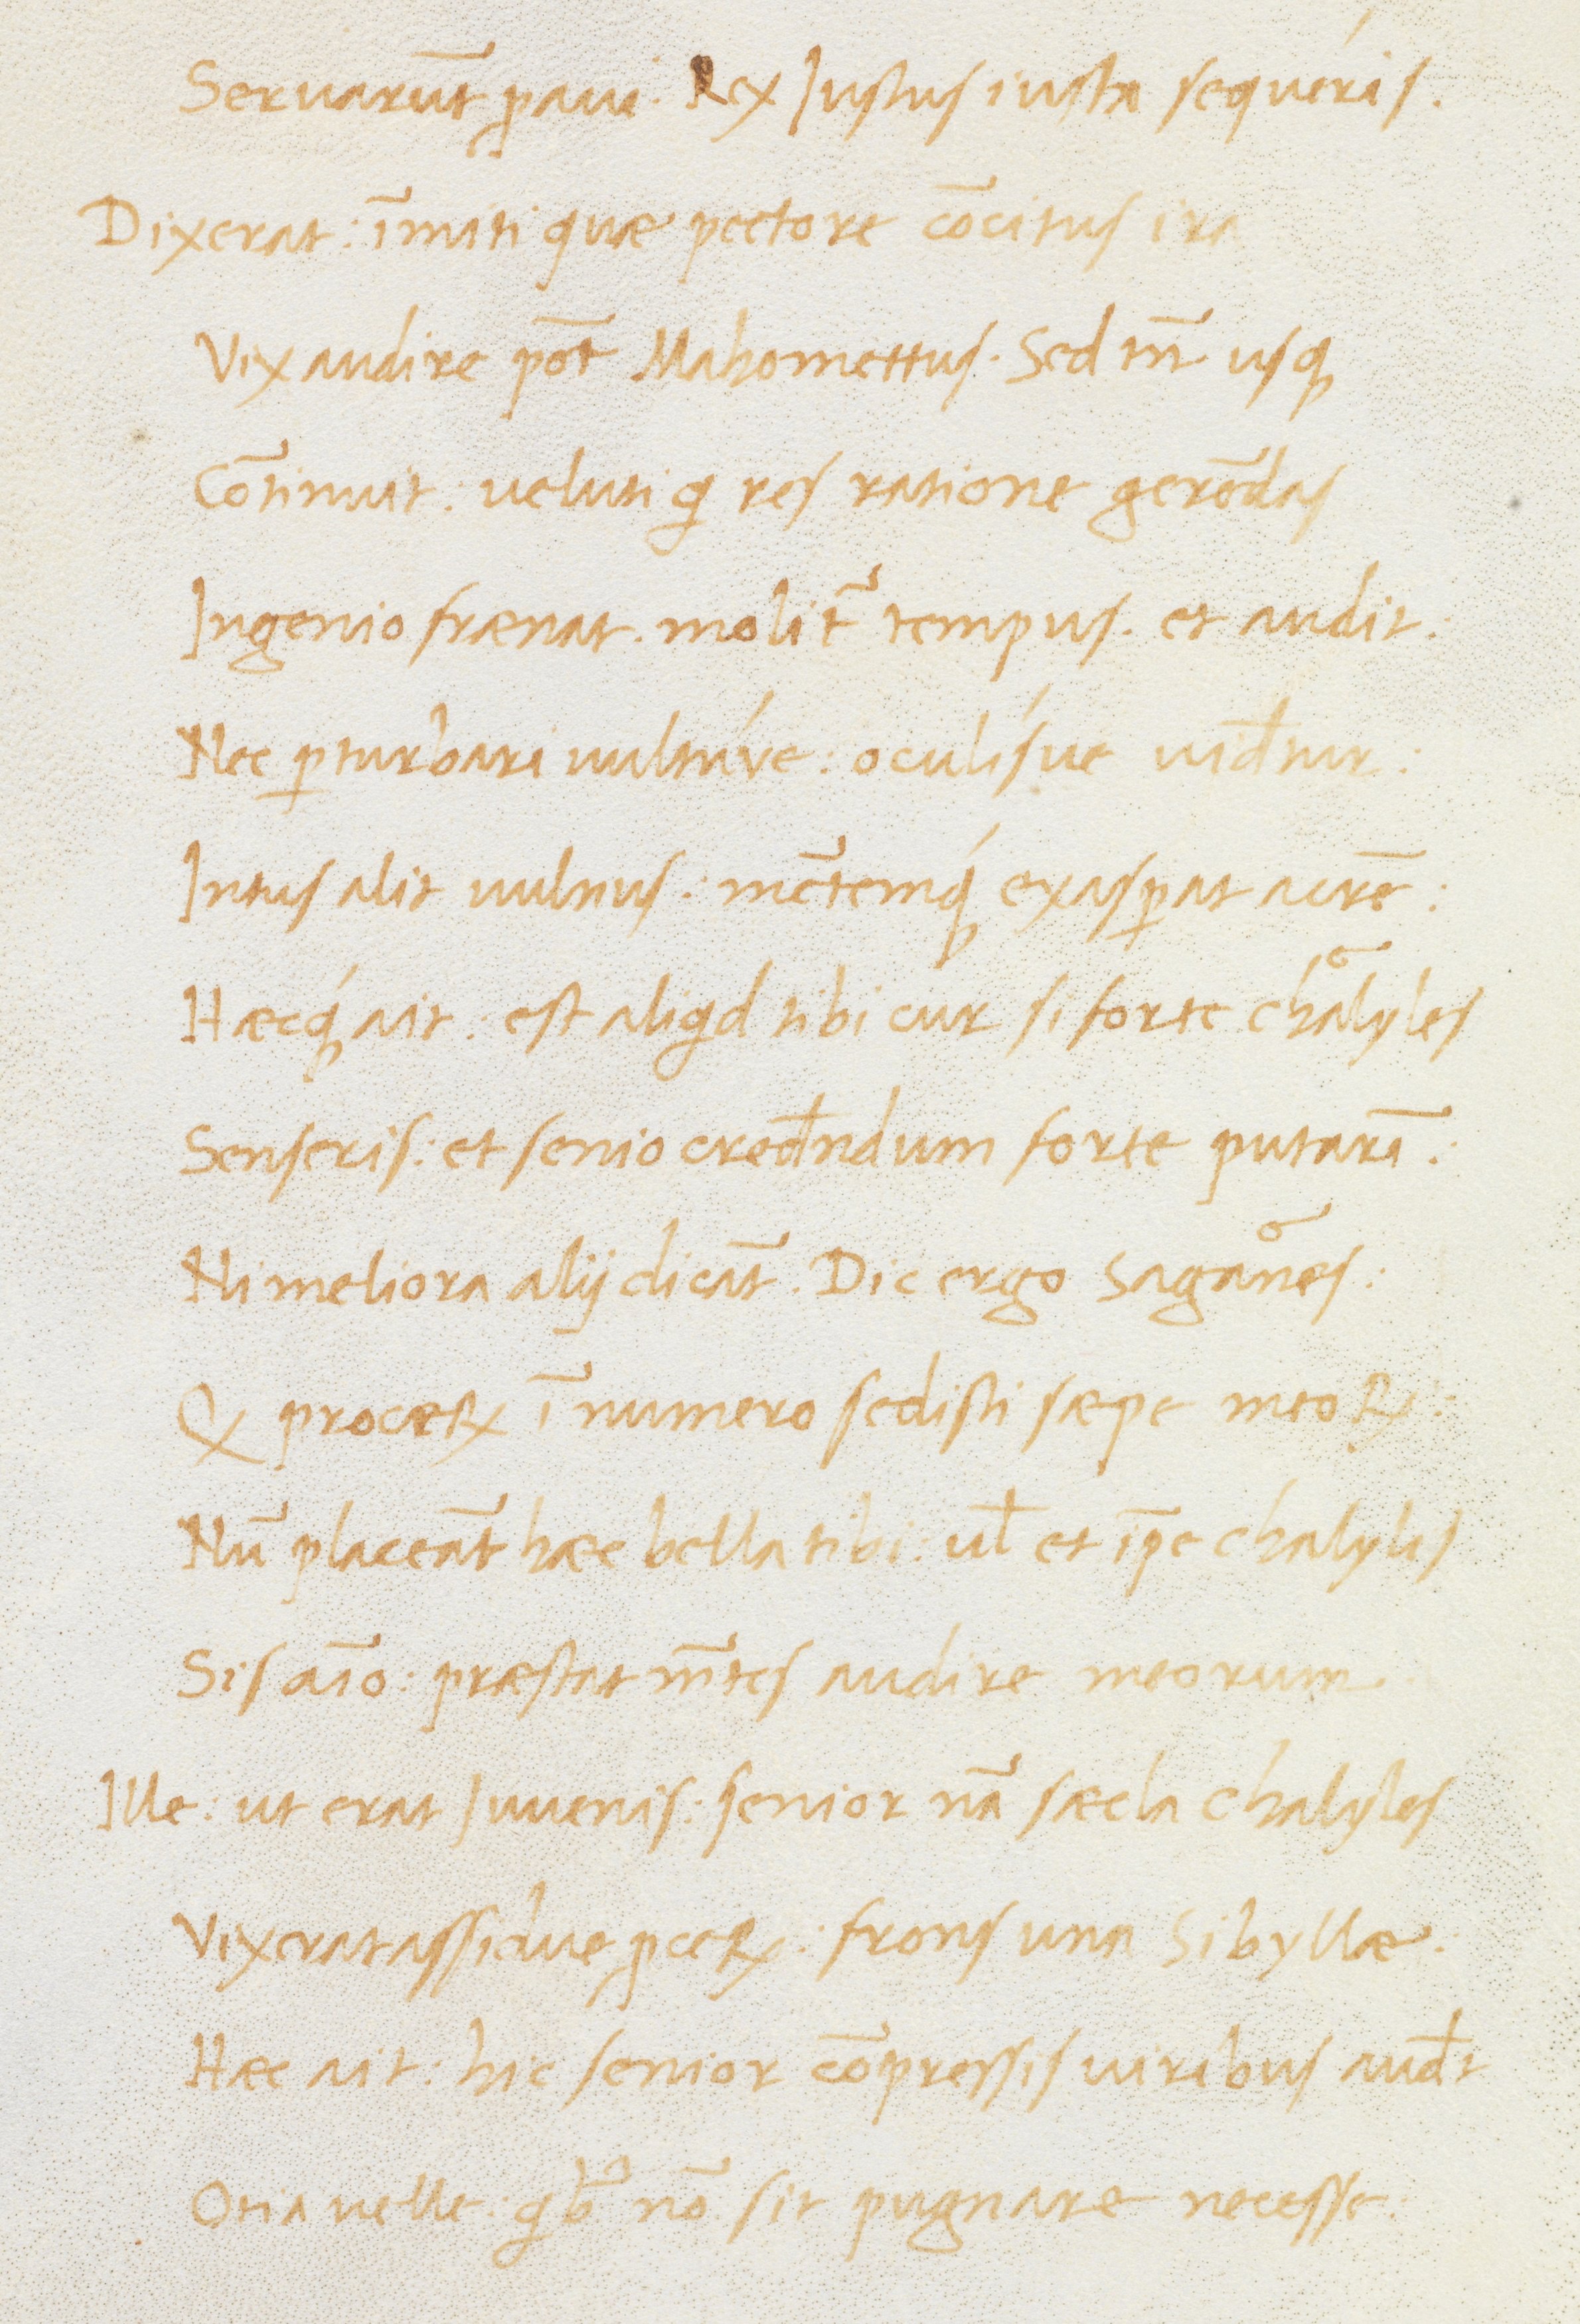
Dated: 1470–1499